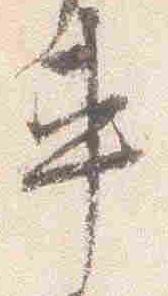
車